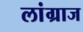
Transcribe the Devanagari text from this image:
लांग्राज